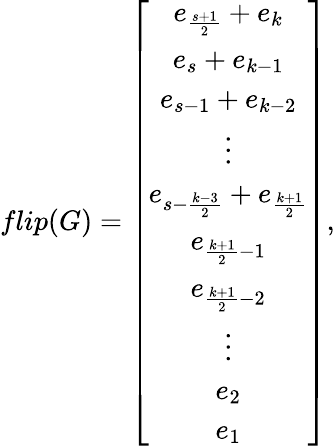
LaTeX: flip(G)=\left[\begin{array}{c}{e_{\frac{s+1}{2}}+e_{k}}\\ {e_{s}+e_{k-1}}\\ {e_{s-1}+e_{k-2}}\\ {\vdots}\\ {e_{s-\frac{k-3}{2}}+e_{\frac{k+1}{2}}}\\ {e_{\frac{k+1}{2}-1}}\\ {e_{\frac{k+1}{2}-2}}\\ {\vdots}\\ {e_{2}}\\ {e_{1}}\end{array}\right],